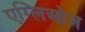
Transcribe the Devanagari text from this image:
एग्लिओज